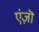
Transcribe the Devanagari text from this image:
एंज़ॊ